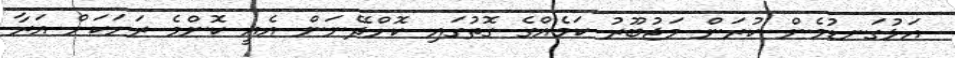
އަޅުގަނޑުމެން ކުރަން މަޖުބޫރު ކަމެއްގެ ގޮތުގައި ކޮށްދޭނަން އެއީ ކޮންމެ ރަށަކަށް އަރާ